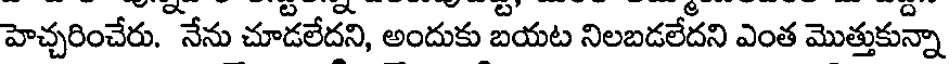
హెచ్చరించేరు. నేను చూడలేదని, అందుకు బయట నిలబడలేదని ఎంత మొత్తుకున్నా